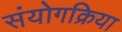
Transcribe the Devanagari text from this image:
संयोगक्रिया